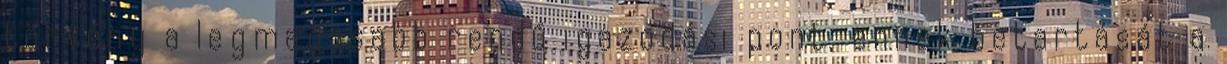
törvény a legmagasabb rendű igazodási pont, ennek betartását a